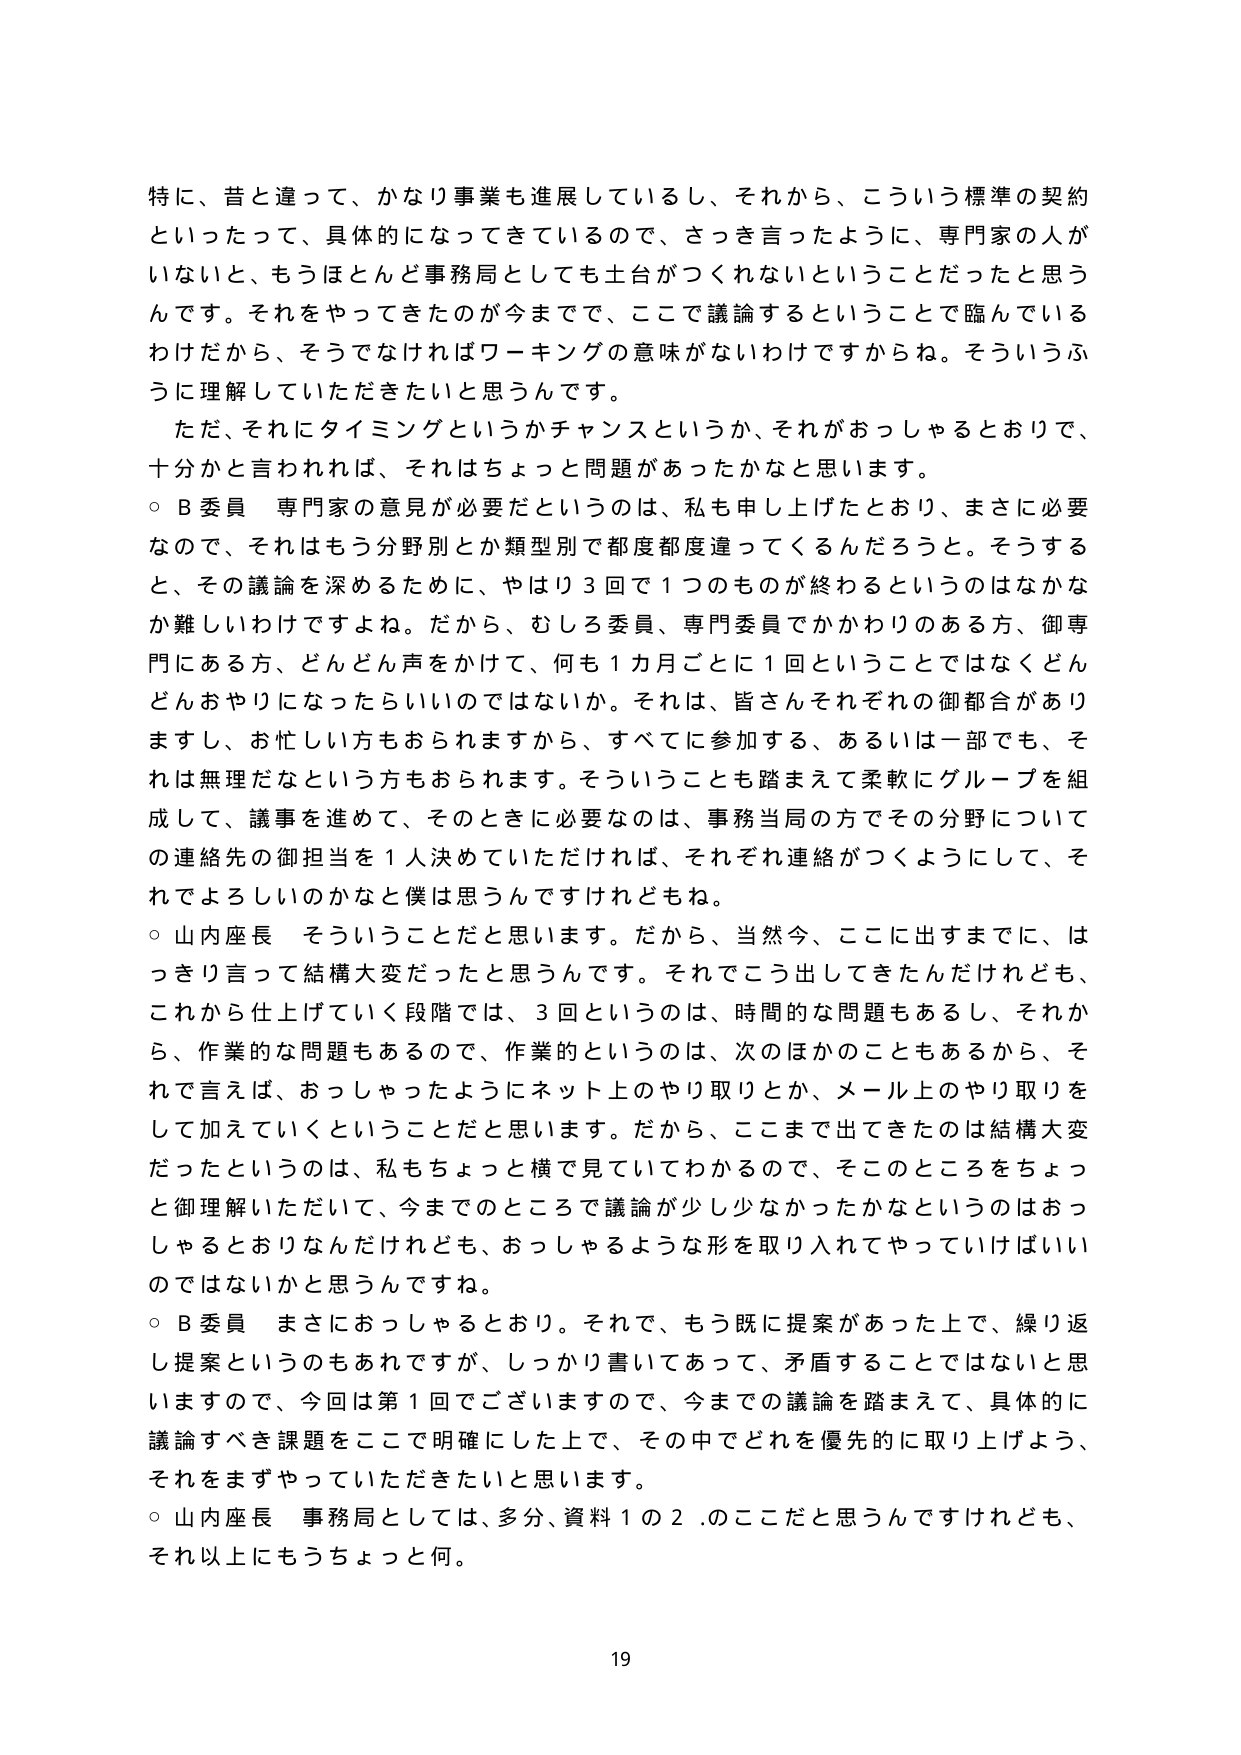
特に、昔と違って、かなり事業も進展しているし、それから、こういう標準の契約といったって、具体的になってきているので、さっき言ったように、専門家的人がいないと、もうほとんど事務局としても土台がつくれないということだったと思うんです。それをやってきたのが今までで、ここで議論するということで臨んでいるわけだから、そうでなければワーキングの意味がないわけですからね。そういうふうに理解していただきたいと思うんです。

ただ、それにタイミングというかチャンスというか、それがおっしゃるとおりで、十分かと言われれば、それはちょっと問題があったかなと思います。

○ B委員 専門家の意見が必要だというのは、私も申し上げたとおり、まさに必要なので、それはもう分野別とか類型別で都度都度違ってくるんだろうと。そうすると、その議論を深めるために、やはり3回で1つのものが終わるというのはなかなか難しいわけですよね。だから、むしろ委員、専門委員でかかわりのある方、御専門にある方、どんどん声をかけて、何も1カ月ごとに1回ということではなくどんどんおやりになったらいいのではないでしょうか。それは、皆さんそれぞれの御都合がありますし、お忙しい方もおられますから、すべてに参加する、あるいは一部でも、それは無理だなという方もおられます。そういうことも踏まえて柔軟にグループを組成して、議事を進めてて、そのときに必要なのは、事務当局の方でその分野についての連絡先の御担当を1人決めていただければ、それぞれ連絡がつくようにして、それでよろしいのかなと僕は思うんですけれどもね。

○ 山内座長 そういうことだと思います。だから、当然今、ここに出すまでに、はっきり言って結構大変だったと思うんです。それでこう出してきたんだけども、これから仕上げていく段階では、3回というのは、時間的な問題もあるし、それから、作業的な問題もあるので、作業的というのは、次のほかのこともあるから、それで言えば、おっしゃったようにネット上のやり取りとか、メール上のやり取りをして加えていくということだと思います。だから、ここまで出てきたのは結構大変だったというのは、私もちょっと横で見ていてわかるので、そこのところをちょっと御理解いただいて、今までのところで議論が少し少なかったかなというのはおっしゃるとおりなんだけれども、おっしゃるような形を取り入れてやっていけばいいのではないかと思うんですね。

○ B委員 まさにおっしゃるとおり。それで、もう既に提案があった上で、繰り返し提案というのもあれですが、しっかり書いてあって、矛盾することではないと思いますので、今回は第1回でございますので、今までの議論を踏まえて、具体的に議論すべき課題をここで明確にした上で、その中でどれを優先的に取り上げよう、それをまずやっていただきたいと思います。

○ 山内座長 事務局としては、多分、資料1の2.のここだと思うんですけれども、それ以上にもうちょっと何。

19